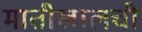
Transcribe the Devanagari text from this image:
मातीखालची